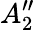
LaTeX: A_{2}^{\prime\prime}